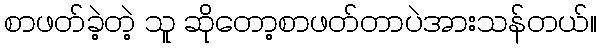
စာဖတ်ခဲ့တဲ့ သူ ဆိုတော့စာဖတ်တာပဲအားသန်တယ်။